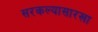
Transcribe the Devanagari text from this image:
सरकल्यासारखा